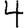
Digit: 4